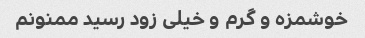
خوشمزه و گرم و خیلی زود رسید ممنونم